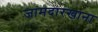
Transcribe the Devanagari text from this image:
जामदारखाना